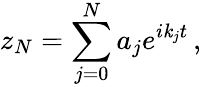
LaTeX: z_{N}=\sum_{j=0}^{N}a_{j}e^{i\mathit{k}_{j}t}\, ,